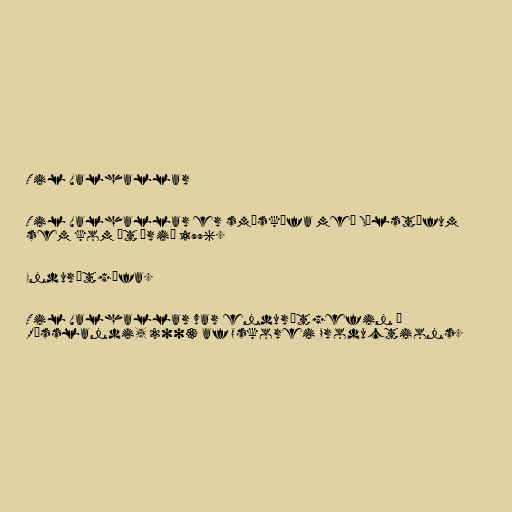
Til Valhallar

Til Valhallar er smáskífa með Sólstöfum
sem kom út árið 1996.

Endurútgáfa.

Til Valhallar var endurútgefin í
Rússlandi, 2003 af Oskorei Productions.